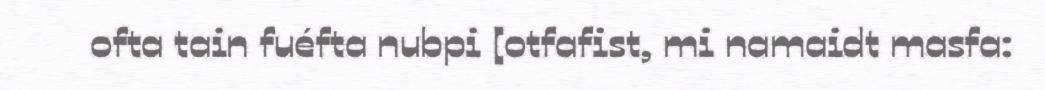
ofta tain fuéfta nubpi [otfafist, mi namaidt masfa: